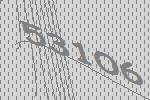
53106